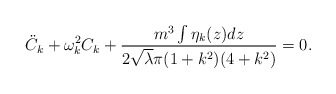
\begin{align*} {\ddot C}_k + \omega _k^2 C_k + \frac { m^3 \int \eta _k (z) dz }{2 {\sqrt \lambda }\pi (1 + k^2)(4+ k^2)} = 0.\end{align*}